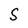
Character: S